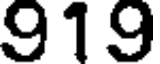
919